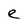
Character: e